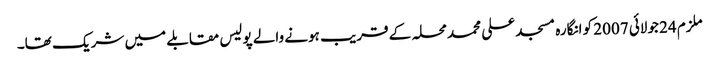
ملزم 24 جولائی 2007 کو انگارہ مسجد علی محمد محلہ کے قریب ہونے والے پولیس مقابلے میں شریک تھا۔